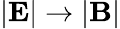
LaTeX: |{\mathbf E}|\rightarrow|{\mathbf B}|